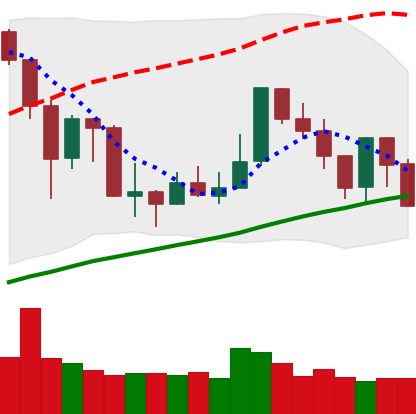
Ticker: XMR-USD
Chart end date: 2019-07-14
Forward return: -4.214%
Label: down_3_5